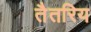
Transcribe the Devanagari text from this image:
तैतरिय